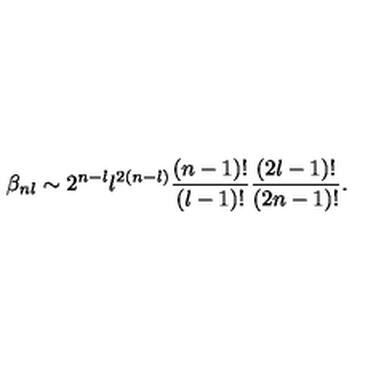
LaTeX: \beta _ { n l } \sim 2 ^ { n - l } l ^ { 2 ( n - l ) } \frac { ( n - 1 ) ! } { ( l - 1 ) ! } \frac { ( 2 l - 1 ) ! } { ( 2 n - 1 ) ! } .